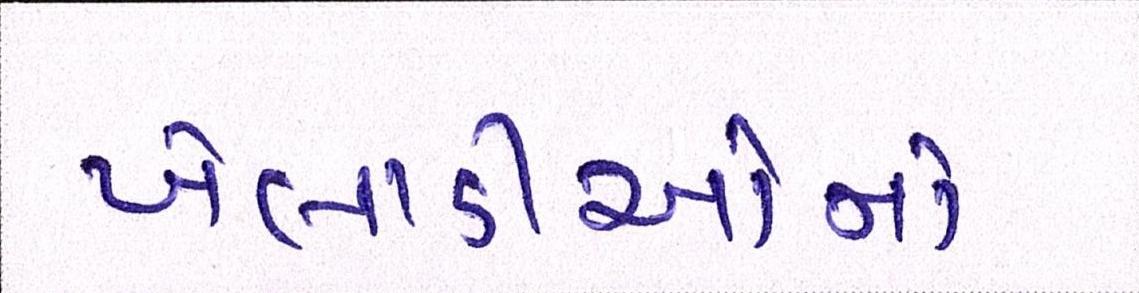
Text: ખેલાડીઓનો